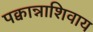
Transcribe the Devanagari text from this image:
पक्वान्नाशिवाय